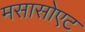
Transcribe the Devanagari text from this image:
मसासोएट